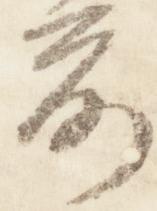
前